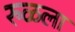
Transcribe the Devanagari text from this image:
रुळला